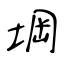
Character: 堈